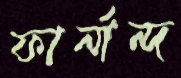
ফার্নান্দ